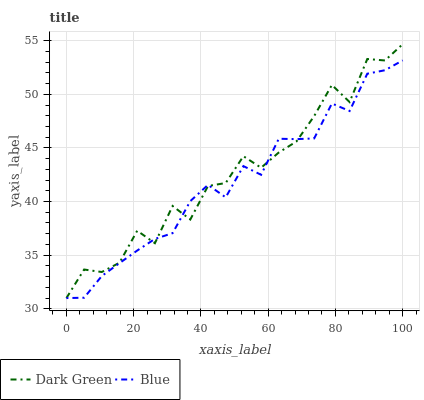
| xaxis_label | Dark Green | Blue |
 | --- | --- | --- |
 | 0 | 31 | 31 |
 | 5.26 | 33.7 | 31 |
 | 10.5 | 33.4 | 33.1 |
 | 15.8 | 34.3 | 34.3 |
 | 21.1 | 37.3 | 35.4 |
 | 26.3 | 36.1 | 36.5 |
 | 31.6 | 39.6 | 37.1 |
 | 36.8 | 38.3 | 40 |
 | 42.1 | 41.4 | 41.6 |
 | 47.4 | 41.7 | 40.4 |
 | 52.6 | 44.2 | 43.3 |
 | 57.9 | 43.2 | 42.5 |
 | 63.2 | 44.6 | 45.9 |
 | 68.4 | 45.6 | 45.8 |
 | 73.7 | 48 | 45.9 |
 | 78.9 | 50.9 | 49.1 |
 | 84.2 | 49.3 | 48.4 |
 | 89.5 | 53.3 | 51.9 |
 | 94.7 | 53.2 | 52.2 |
 | 100 | 54.7 | 53.2 |